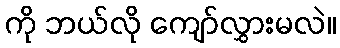
ကို ဘယ်လို ကျော်လွှားမလဲ။